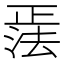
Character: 𪴹